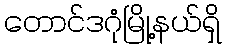
တောင်ဒဂုံမြို့နယ်ရှိ